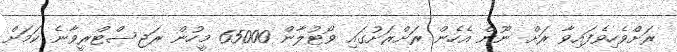
ރަށްވެހިވެފައިވާ ރަށް ނޫން އެހެން ރަށްރަށުގައި ވޯޓުލާން 65000 މީހުން ރަޖިސްޓްރީވާނެ ކަމަށް